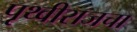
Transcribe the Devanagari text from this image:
पृथ्वीराजचा